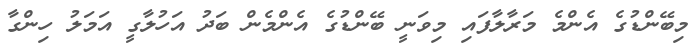
މިބޭންޑުގެ އެންމެ މަރާލާފައި މިވަނީ ބޭންޑުގެ އެންމެން ބަދު އަހުލާގީ އަމަލު ހިންގާ